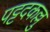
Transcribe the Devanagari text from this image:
पट्टदकल्लु